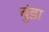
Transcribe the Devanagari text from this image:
बुंडा